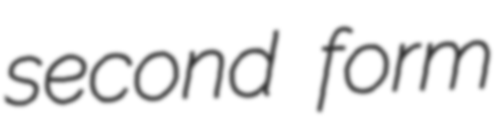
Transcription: second form